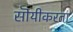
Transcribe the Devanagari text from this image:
सॊयीकरता